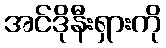
အင်ဒိုနီးရှားကို